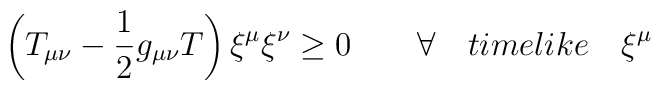
\left ( T_{\mu\nu} - \frac{1}{2}g_{\mu\nu}T \right ){\xi}^{\mu}{\xi}^{\nu}\ge 0 \qquad \forall \quad timelike \quad {\xi}^{\mu}